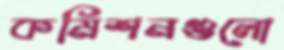
কমিশনগুলো